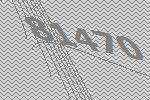
81470